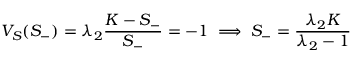
V _ { S } ( S _ { - } ) = \lambda _ { 2 } { \frac { K - S _ { - } } { S _ { - } } } = - 1 \implies S _ { - } = { \frac { \lambda _ { 2 } K } { \lambda _ { 2 } - 1 } }